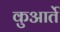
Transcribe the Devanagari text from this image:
कुआर्ते